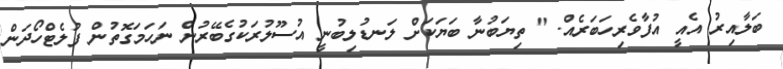
ބަލާއިރު އެއީ އުފާވެރިހަބަރެއް. " ތިޔަބުނާ ބަޔަކަށް ލަނޑުލިބުނީ އުސޫލުރަކުގެބޭރުން ނަހަމަގޮތުން ފުލެޓްހޯދަން